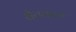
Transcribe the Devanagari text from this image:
सैतवाल